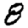
Digit: 8